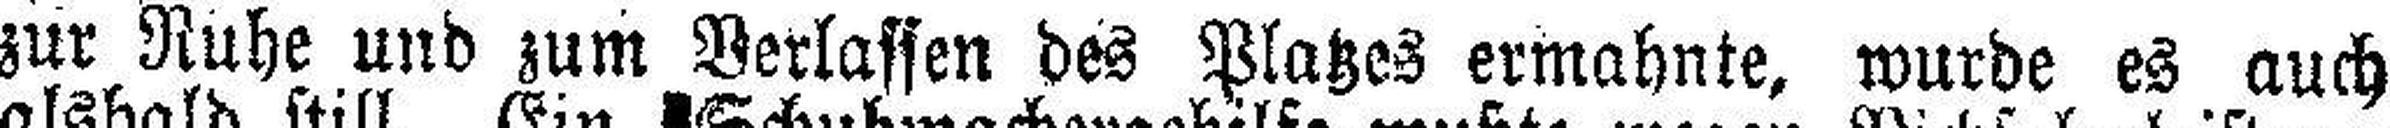
zur Ruhe und zum Verlassen des Platzes ermahnte, wurde es auch